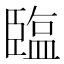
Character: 𦣪